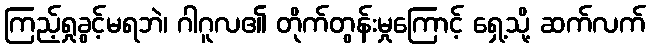
ကြည့်ရှုခွင့်မရဘဲ၊ ဂါဂူလ၏ တိုက်တွန်းမှုကြောင့် ရှေ့သို့ ဆက်လက်